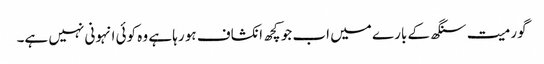
گورمیت سنگھ کے بارے میں اب جو کچھ انکشاف ہو رہا ہے وہ کوئی انہونی نہیں ہے۔